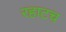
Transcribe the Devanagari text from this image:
रहाटच